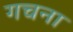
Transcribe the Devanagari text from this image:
गचना